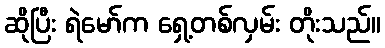
ဆိုပြီး ရဲမော်က ရှေ့တစ်လှမ်း တိုးသည်။